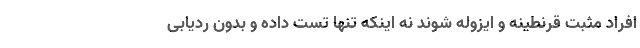
افراد مثبت قرنطینه و ایزوله شوند نه اینکه تنها تست داده و بدون ردیابی